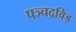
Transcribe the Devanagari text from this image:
पञ्चद्रविड़